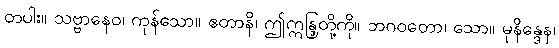
တပါး။ သဗ္ဗာနေဝ၊ ကုန်သော။ ဧတာနိ၊ ဤဣန္ဒြတို့ကို။ ဘဂဝတော၊ သော။ မုနိန္ဒေန၊